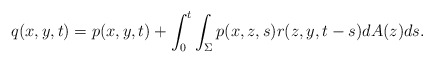
\begin{align*}q(x,y,t)=p(x,y,t)+\int_0^t\int_\Sigma p(x,z,s)r(z,y,t-s)dA(z)ds.\end{align*}